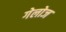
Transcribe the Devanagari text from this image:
गेलोज